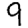
Digit: 9